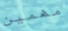
مهمين